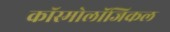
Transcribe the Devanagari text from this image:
कॉस्मोलॉजिकल